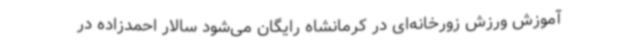
آموزش ورزش‌ زورخانه‌ای در کرمانشاه رایگان می‌شود سالار احمدزاده در